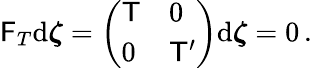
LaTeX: \begin{array}{r}{\mathsf{F}_{T}\mathrm{d}\boldsymbol{\zeta}=\left(\begin{array}{ll}{\mathsf{T}}&{0}\\ {0}&{\mathsf{T}^{\prime}}\end{array}\right)\mathrm{d}\boldsymbol{\zeta}=0\, .}\end{array}